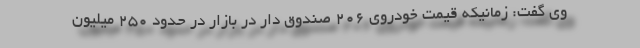
وي گفت: زمانيكه قيمت خودروي 206 صندوق دار در بازار در حدود 250 ميليون